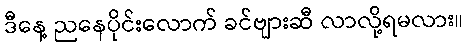
ဒီနေ့ ညနေပိုင်းလောက် ခင်ဗျားဆီ လာလို့ရမလား။